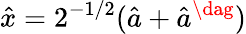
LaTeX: \hat{x}=2^{-1/2}(\hat{a}+\hat{a}^{\dag})